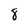
Character: 8